Annual report of lunatic asylums [Bombay] - 1912-1922
Year: 1912
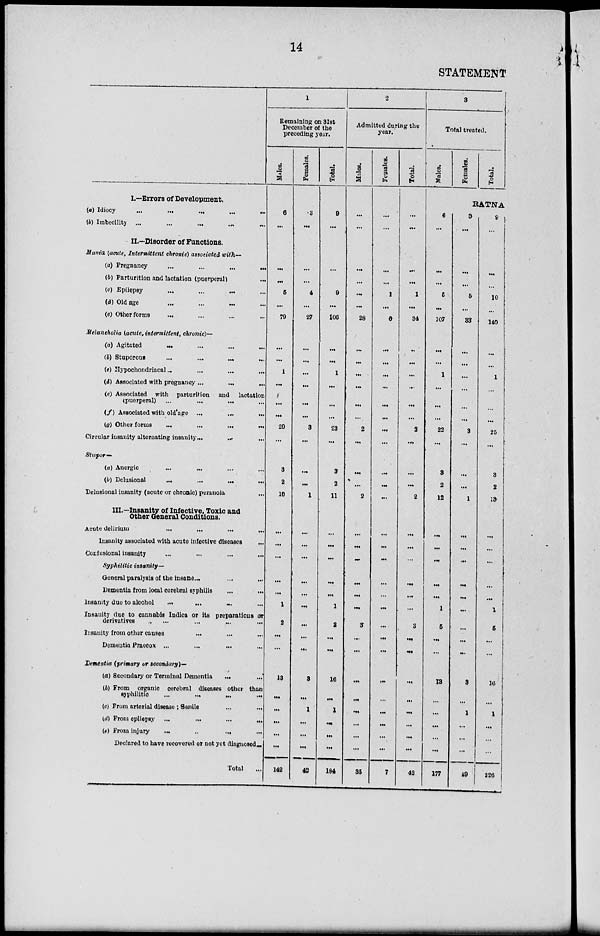
14
STATEMENT
I.—Errors of Development,
(a) Idiocy
...
...
...
...
...
(b) Imbecility
...
...
...
...
...
II.—Disorder of Functions.
Mania (acute, Intermittent chronic) associated with—
(a) Pregnancy
...
...
...
...
(b) Parturition and lactation (puerperal)
(c) Epilepsy
...
...
...
...
(d) Old age ... ... ... ...
(e) Other forms ... ... ... ...
Melancholia (acute, intermittent, chronic)—
(a) Agitated ... ... ... ...
(b) Stuporous ... ... ... ...
(c) Hypochondriacal... ... ... ...
(d) Associated with pregnancy ... ... ...
(e) Associated with parturition and lactation
(puerperal)
...
...
...
...
(f) Associated with old age ... ... ...
(g) Other forms
...
...
...
...
Circular insanity alternating insanity ... ... ...
Stupor—
(a) Anergic ... ... ... ...
(b) Delusional
...
...
...
...
Delusional insanity (acute or chtonic) peranoia ...
III.—Insanity of Infective, Toxic and
Other General Conditions.
Acute delirium ... ... ...
Insanity associated with acute infective diseases
...
Confusional insanity ... ... ...
Syphilitic insanity—
General paralysis of the insane... ... ...
Dementia from local cerebral syphilis
...
...
Insanity due to alcohol ... ... ... ...
Insauity due to cannabis Indica or its preparations or
derivatives
...
...
...
...
Insanity from other causes ... ... ...
Dementia Praecox ... ... ... ...
Dementia (primary or secondary)—
(a) Secondary or Terminal Dementia ... ...
(b) From organic cerebral diseases other than
syphilitic
...
...
...
...
(c) From arterial disease; Senile ... ...
(d) From epliepsy ... ... ... ...
(e) From injury
...
...
...
...
Declared to have recovered or not yet diagnsed...
Total ...
1
Remaining on 31st
December of the
preceding year.
Males.
6
...
...
...
5
...
79
...
...
1
...
...
...
20
...
3
2
10
...
...
...
...
...
1
2
...
...
13
...
...
...
...
...
142
Females.
3
...
...
...
4
...
27
...
...
...
...
...
...
3
...
...
...
1
...
...
...
...
...
...
...
...
...
8
...
1
...
...
...
42
Total.
9
...
...
...
9
...
106
...
...
1
...
...
...
23
...
3
2
11
...
...
...
...
...
1
2
...
...
16
...
1
...
...
...
184
2
Admitted during the
year.
Males.
...
...
...
...
...
...
28
...
...
...
...
...
...
2
...
...
...
2
...
...
...
...
...
...
3
...
...
...
...
...
...
...
...
35
Females.
...
...
...
...
1
...
6
...
...
...
...
...
...
...
...
...
...
...
...
...
...
...
...
...
...
...
...
...
...
...
...
...
...
7
Total.
...
...
...
...
1
...
34
...
...
...
...
...
...
2
...
...
...
2
...
...
...
...
...
...
3
...
...
...
...
...
...
...
...
42
3
Total treated.
Males.
6
...
...
...
5
...
107
...
...
1
...
...
...
22
...
3
2
12
...
...
...
...
...
1
5
...
...
13
...
...
...
...
...
177
Females.
Total.
RATNA
3
...
...
...
5
...
33
...
...
...
...
...
...
3
...
...
...
1
...
...
...
...
...
....
...
...
...
3
...
1
...
...
...
19
9
...
...
10
...
140
...
...
1
...
...
...
26
...
3
2
13
...
...
...
...
...
1
5
...
...
16
...
1
...
226